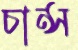
চান্স